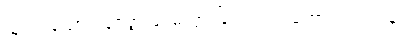
သုံးပါးသောကုနဝတ္တုဖြင့်မလွှားခြင်းလည်းကောင်း။ လပနံ၊